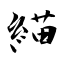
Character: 緢